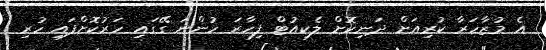
އެ މުޒާހަރާ ކުރިއަށް ދަނިކޮށް ލެކިއުޓް ފިހާރަ ހުންނަ ގޭގައި ހަރުކޮށްފައި ހުރި